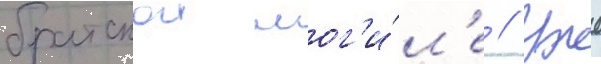
братскои мог'и́л'е // Уже